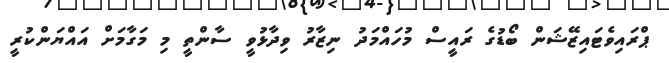
ޕްރައިވެޓައިޒޭޝަން ބޯޑުގެ ރައީސް މުހައްމަދު ނިޒާރު ވިދާޅުވީ ސާންތީ މި މަގާމަށް އައްޔަންކުރީ